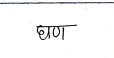
मजकूर: घण